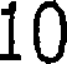
10